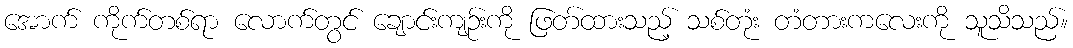
အောက် ကိုက်တစ်ရာ လောက်တွင် ချောင်းကျဉ်းကို ဖြတ်ထားသည့် သစ်တုံး တံတားကလေးကို သူသိသည်။